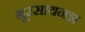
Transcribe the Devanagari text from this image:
भूरसायनज्ञ